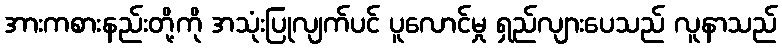
အားကစားနည်းတို့ကို အသုံးပြုလျက်ပင် ပူလောင်မှု ရှည်လျားပေသည် လူနာသည်